Annual statistical returns and brief notes on vaccination in Bengal - 1896-1909
Year: 1896
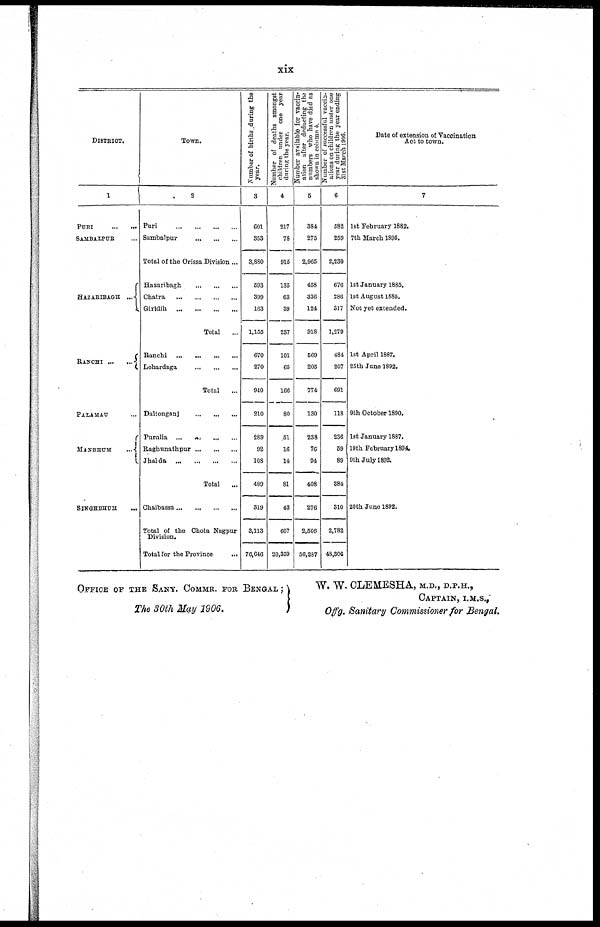
xix
DISTRICT.
1
PURI
...
...
SAMBALPUR ...
HAZARIBAGH
...
RANCHI
...
...
PALAMAU ...
MANBHUM
...
SINGHBHUM ...
Town.
2
Puri
...
...
...
...
Sambalpur
...
...
...
Total of the Orissa Division ...
Hazaribagh
...
...
...
Chatra
...
...
...
...
Giridih
...
...
...
...
Total ...
Ranchi
...
...
...
...
Lohardaga
...
...
...
Total
...
Daltonganj
...
...
...
Purulia ... ... ... ...
Raghunathapur
...
...
...
Jhalda
...
...
...
...
Total
...
Chaibassa
...
...
...
...
Total of the Chota Nagpur
Division.
Total for the Province
...
Number of births during the
year.
3
601
353
3,880
593
399
163
1,155
670
270
940
210
289
92
108
489
319
3,113
76,646
Number of deaths amongst
children under one year
during the year.
4
217
78
915
135
63
39
237
101
65
166
80
51
16
14
81
43
607
20,359
Number available for vaccin-
ation after deducting the
numbers who have died as
shown in column 4.
5
384
275
2,965
458
336
124
918
569
205
774
130
238
76
94
408
276
2,506
56,287
Number of successful vaccin-
ations on children under one
year during the year ending
31 st March 1906.
6
582
259
2,230
676
286
317
1,279
484
207
691
118
236
59
89
384
310
2,782
48,306
Date of extension of Vaccination
Act to town.
7
1st February 1882.
7th March 1895.
1st January 1885.
1st August 1885.
Not yet extended.
1st April 1887.
25th Jane 1892.
9th October 1890.
1st January 1887.
19th February 1894.
9th July 1892.
20th June 1892.
OFFICE OF THE SANY. COMMR. FOR BENGAL ;
The 30th May 1906.
W. W. CLEMESHA, M.D., D.P.H.,
CAPTAIN, I.M.S.,
Offg. Sanitary Commissioner for Bengal.